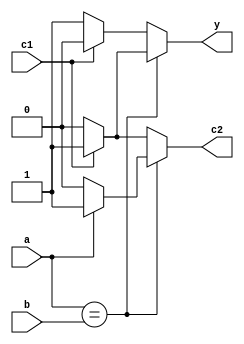
module adder_2bit(a,b,c1,y,c2);
input a,b,c1;
output reg y,c2;
always @ (a or b or c1) begin
   if (a == b) begin
       if(a == 1'b1) begin
           if(c1 == 1'b1) begin
       	    y = 1'b1;
            c2 = 1'b1;
           end
           else begin
            y = 1'b0;
            c2 = 1'b1;   
           end

       end
       else begin
           if(c1 == 1'b1) begin
               y = 1'b1;
               c2 = 1'b0;
           end
           else begin
                y = 1'b0;
                c2 = 1'b0;
           end
       end
   end
   else begin 
       if(c1 == 1) begin
       y = 1'b0;
       c2 = 1'b1;
       end
       else begin
           y = 1'b1;
           c2 = 1'b0;
       end
   end 
end


endmodule